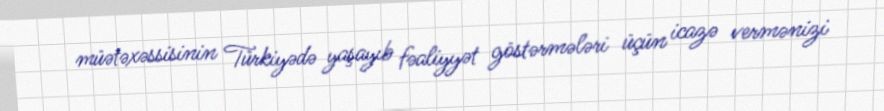
müətəxəssisinin Türkiyədə yaşayıb fəaliyyət göstərmələri üçün icazə vermənizi